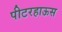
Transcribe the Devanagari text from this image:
पीटरहाऊस